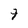
Character: 9